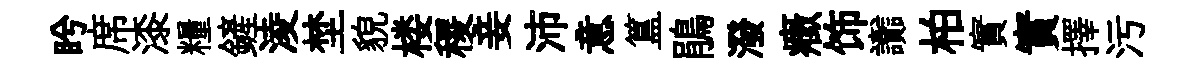
盻席漆糧鏟淩埜貌楼稷妾沛意簋鵑潑癥饰讟柏實實擇污